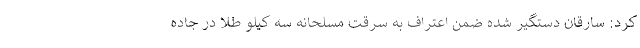
کرد: سارقان دستگیر شده ضمن اعتراف به سرقت مسلحانه سه کیلو طلا در جاده